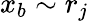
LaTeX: x_{b}\sim r_{j}